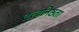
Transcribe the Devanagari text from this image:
तत्त्वनिष्ठता